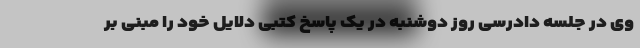
وی در جلسه دادرسی روز دوشنبه در یک پاسخ کتبی دلایل خود را مبنی بر